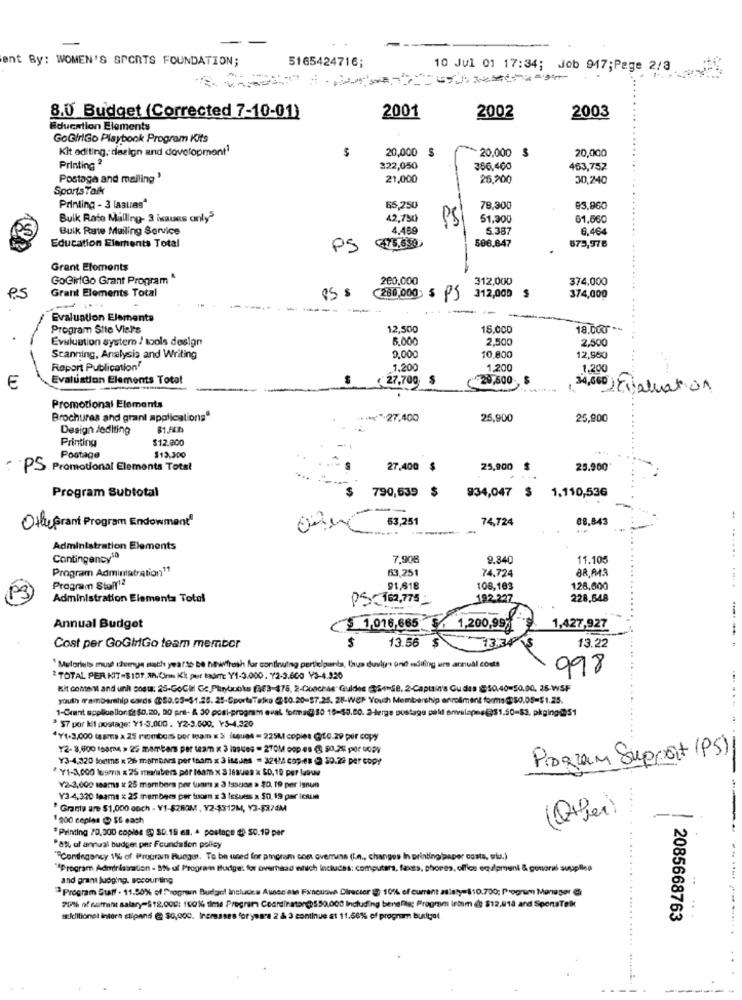
ent By: WOMEN'S SPORTS FOUNDATION;
5165424716;
10 Jul 01 17:34; Job 947;Page 2/3
2003
8.0 Budget (Corrected 7-10-01)
2001
2002
Education Elements
GoGirlGo Playbook Program Kits
Kit editing, design and development"
20,000 $
20,000
S
20,000
Printing 2
322,050
366,400
463,752
Postage and mailing '
21,000
25,200
30,240
Sports Talk
Printing - 3 [ABLIBS"
65,250
78,300
@3,960
Bulk Rato Malling- 3 ixaues only"
12,750
PS
51,300
61,66
Bulk Rute Mailing Service
4.489
5.387
6.464
Education Elements Total
475,559
506.847
PS
675,976
Grant Eloments
GoGiriGo Grant Program"
200,000
312,000
374.000
Grant Elements Total
PS
85 $
C280,000 $ P5
312,000 $
374,000
Evaluation Elements
Program Stie Visi's
12,500
15.000
18.000
Evaluation systern / tools design
5.000
2,500
2,500
Scanning, Analysis and Writing
9,000
10,800
12,980
Raport Publication'
1,200
1,200
1.200
Evaluation Elements Total
₹ 27,700 $
20,500
E
34,660 22valuation
Promotional Elements
Brochures and grant applications"
*****- 27.400
25,900
25,900
Design /editing
81.54h
Printing
$12.000
Postage
$13,300
PS. Promotional Elements Total
27.400 $
25,900 $
25.900
Program Subtotal
934,047 $
1.110,536
790,539 $
---
53,251
74,724
88.843
Othe Grant Program Endowment
---- -
Administration Elements
Contingency10
7,908
9.340
11.105
Program Administration11
63,251
74.72
Program Stoff12
91,618
108,163
128,500
Administration Elementa Total
PS. 162,775
192.227
228,648
Annual Budget
< 1,916,665 8, 1,200,99
1,427,927
$
13.34
Cost per GoGiGo team member
13.56 $
13.22
" Mylorlets mus dumys math yearto be newfresh for continuing participants, thus dusign and editing um annual costs
998
2 TOTAL PER KIT-$107,10. Chm Kk per tour: Y4-3.000.Y2-3.600 Y3-4.926
Kit content and unh posts; 25-GoCi Gc Plinbooks (363-475, 2-Conchas" Guides (@5+ 58. 2-Captain's Gudas $50.40=50.00, 25-WSF
youth m'ambarship cards $50.05-51.25. 25-SportaTalka @80.20-57.25. 28-WEP Youth Membership enrollment forms @50.05=$1.25.
1-Grant applicallor $ $0,180, 00 pril- A 30 post-program eval forma(350 18-50.00. 2-lerge postage paid anulapms@$1.50-53. pkging@51
57 por kil postage: ¥1-3.000 . Y2-3.000, Y3-4.229
Y1-3,000 (sama a 25 rimbors per ina x 3 isques = 225M copies @to.29 por copy
Y2-8,000 (some > 25 members per team x 3 1994es = 2TOM oop es @ $0,2€ por copy
Y3-4,320 looms x 26 members per team x 3 iseuns = 32414 copies (@ 20.24 per copy
Program Support (PS)1
* Y1-3,000 legmia = 25 mafibers per team x 3 18sues x 50, 19 per lasua
Y2-3,000 seams x 25 members por tuam x 3 Issoca . 20, 19 per isoun
Y3-4,320 teams × 25 members per tuomn x 3 Issuess x $0,19 par IcRun
...
" Grants are $1,000 onch - V1-62ROM , Y2-$317M, Y3-8376M
1200 copias @ SE each
(Other)
Printing 20,300 copise @: 30.16 6a, . postage to 50.19 per
"att of annual budget per Foundation polley
""Contingency 1% of Programn Runger, To be used for pmoram one overens (L.n ., changes In printing jasper costs, ola.)
""Program Administration - 8% uf Program Hudge: for overhead which Includes: computers, facats, phores, office equipment & gonari supplica
and grant judging. accounting
Program Staff - 11.90% of Programn Budget Includes Auses ate Fxnuove Directer @ 10% of current salaty=$10.700; Program Manager @
20% of cumant salary-$12.000: 10016 time Program Coordinator@550.000 Including benefits Program Intem @ $12,818 and SponaTelk
:kelllionel intera stipend @ $0,000. tremsases foryears 2 & 3 continue at 11.66% of program burial
2085668763